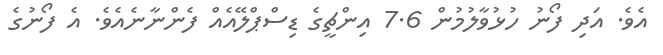
އެވެ. އަދި ފޯނު ހުޅުވާލުމުން 7.6 އިންޗީގެ ޑިސްޕްލޭއެއް ފެންނާނެއެވެ. އެ ފޯނުގެ